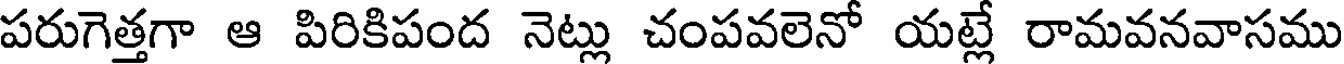
పరుగెత్తగా ఆ పిరికిపంద నెట్లు చంపవలెనో యట్లే రామవనవాసము